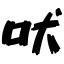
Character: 吠